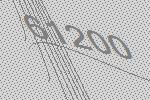
61200